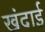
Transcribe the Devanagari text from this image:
खंदाई